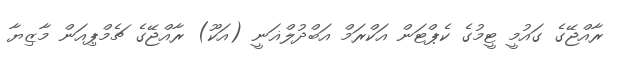
ރާއްޖޭގެ ގައުމީ ޓީމުގެ ކެޕްޓަން އަކްރަމް އަބްދުލްޣަނީ (އަކޫ) ރާއްޖޭގެ ޗެމްޕިއަން މާޒިޔާ